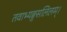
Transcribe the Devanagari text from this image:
तवाभ्यङ्गसलिलम्।